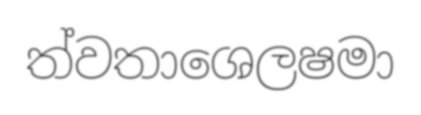
ත්වතාශෙලෂමා